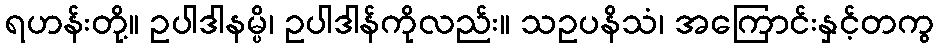
ရဟန်းတို့။ ဥပါဒါနမ္ပိ၊ ဥပါဒါန်ကိုလည်း။ သဥပနိသံ၊ အကြောင်းနှင့်တကွ